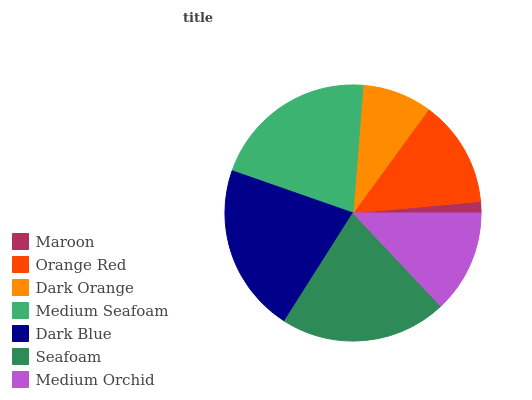
| Maroon | Orange Red | Dark Orange | Medium Seafoam | Dark Blue | Seafoam | Medium Orchid |
 | --- | --- | --- | --- | --- | --- | --- |
 | 1.44% | 13.5% | 8.78% | 20.9% | 21.3% | 21% | 13% |